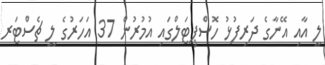
ލީ އާއި އޭނާގެ ދަރިފުޅު ހޮސްޕިޓަލްގައި އުމުރުން 37 އަހަރުގެ ލީ ޗެސްޓަރ